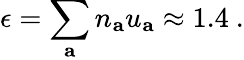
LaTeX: \epsilon=\sum_{\mathbf{a}}n_{\mathbf{a}}u_{\mathbf{a}}\approx 1.4~.